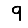
Digit: 9